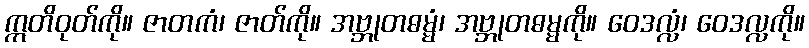
ဣတိဝုတ်ကို။ ဇာတကံ၊ ဇာတ်ကို။ အဗ္ဘုတဓမ္မံ၊ အဗ္ဘုတဓမ္မကို။ ဝေဒလ္လံ၊ ဝေဒလ္လကို။